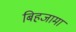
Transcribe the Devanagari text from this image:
बिहजामा